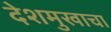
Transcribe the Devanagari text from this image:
देशमुखाचा